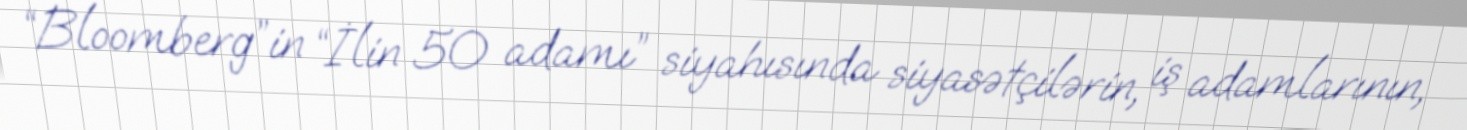
“Bloomberg”in “İlin 50 adamı” siyahısında siyasətçilərin, iş adamlarının,